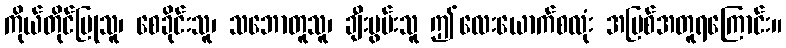
ကိုယ်တိုင်ပြုသူ၊ စေခိုင်းသူ၊ သဘောတူသူ၊ ချီးမွမ်းသူ ဤလေးယောက်စလုံး အပြစ်အတူရကြောင်း။